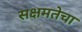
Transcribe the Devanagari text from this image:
सक्षमतेचा